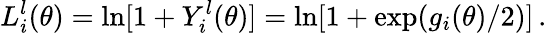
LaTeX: L_{i}^{l}(\theta)=\ln[1+Y_{i}^{l}(\theta)]=\ln[1+\exp(g_{i}(\theta)/2)]\, .